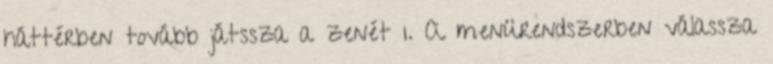
háttérben tovább játssza a zenét 1. A menürendszerben válassza